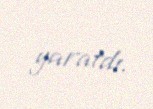
yaratdı.